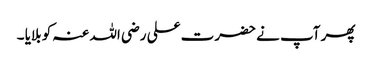
پھر آپ نے حضرت علی رضی اللہ عنہ کو بلایا ۔